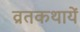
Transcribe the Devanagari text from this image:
व्रतकथायें